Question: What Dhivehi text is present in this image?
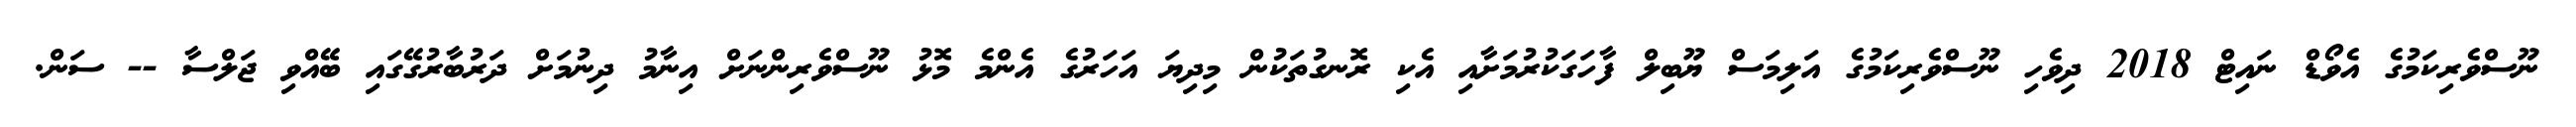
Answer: ނޫސްވެރިކަމުގެ އެވޯޑް ނައިޓް 2018 ދިވެހި ނޫސްވެރިކަމުގެ އަލިމަސް ޔޫބިލް ފާހަގަކުރުމަށާއި އެކި ރޮނގުތަކުން މިދިޔަ އަހަރުގެ އެންމެ މޮޅު ނޫސްވެރިންނަށް އިނާމު ދިނުމަށް ދަރުބާރުގޭގައި ބޭއްވި ޖަލްސާ -- ސަން.